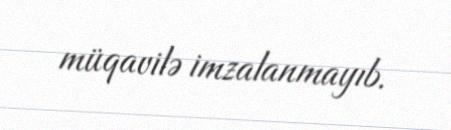
müqavilə imzalanmayıb.